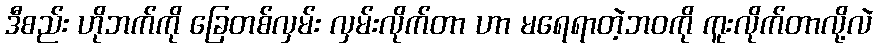
ဒီစည်း ဟိုဘက်ကို ခြေတစ်လှမ်း လှမ်းလိုက်တာ ဟာ မရေရာတဲ့ဘဝကို ကူးလိုက်တာလို့လဲ